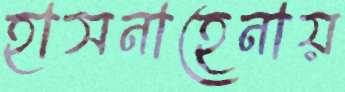
হাসনাহেনায়